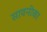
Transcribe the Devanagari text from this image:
सावनीका